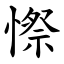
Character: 憏